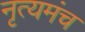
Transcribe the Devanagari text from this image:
नृत्यमंच